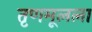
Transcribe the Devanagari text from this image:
तृणमूलला